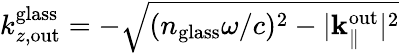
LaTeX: k_{z,\mathrm{out}}^{\mathrm{glass}}=-\sqrt{(n_{\mathrm{glass}}\omega/c)^{2}-|{\mathbf k}_{\parallel}^{\mathrm{out}}|^{2}}